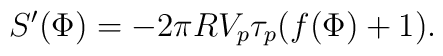
S^{\prime}(\Phi)=-2\pi RV_p\tau_p(f(\Phi)+1).